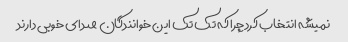
نمیشه انتخاب کرد چرا که تک تک این خوانندگان صدای خوبی دارند